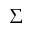
\Sigma